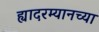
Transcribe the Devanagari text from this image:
ह्यादरम्यानच्या